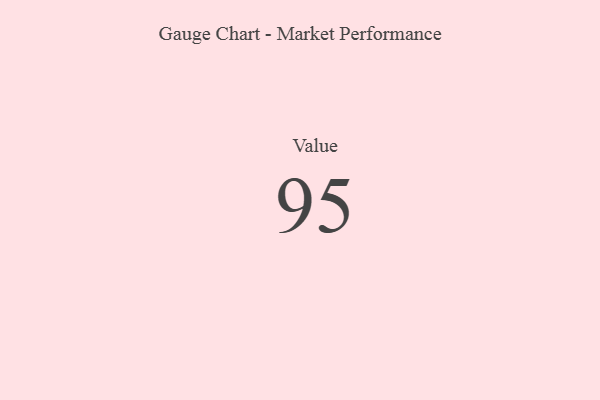
{"axis": {"x": "Metric", "y": "Value"}, "legend": [""], "data": [{"x": "Value", "y": 95, "type": ""}]}